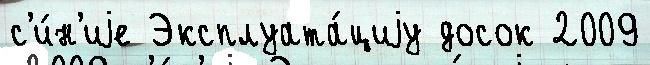
с'и́н'иjе Эксплуата́циjу досок 2009